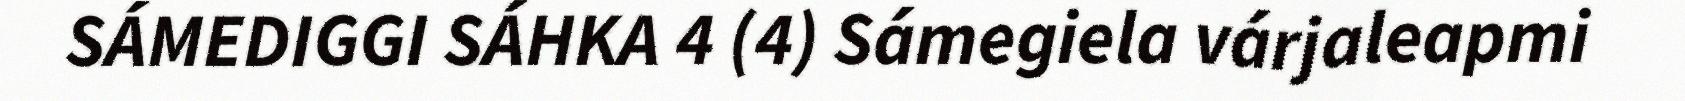
SÁMEDIGGI SÁHKA 4 (4) Sámegiela várjaleapmi